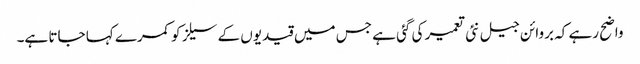
واضح رہے کہ بروائن جیل نئی تعمیر کی گئی ہے جس میں قیدیوں کے سیلز کو کمرے کہا جاتا ہے۔